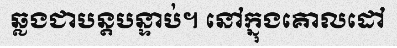
ឆ្លងជាបន្តបន្ទាប់។ នៅក្នុងគោលដៅ